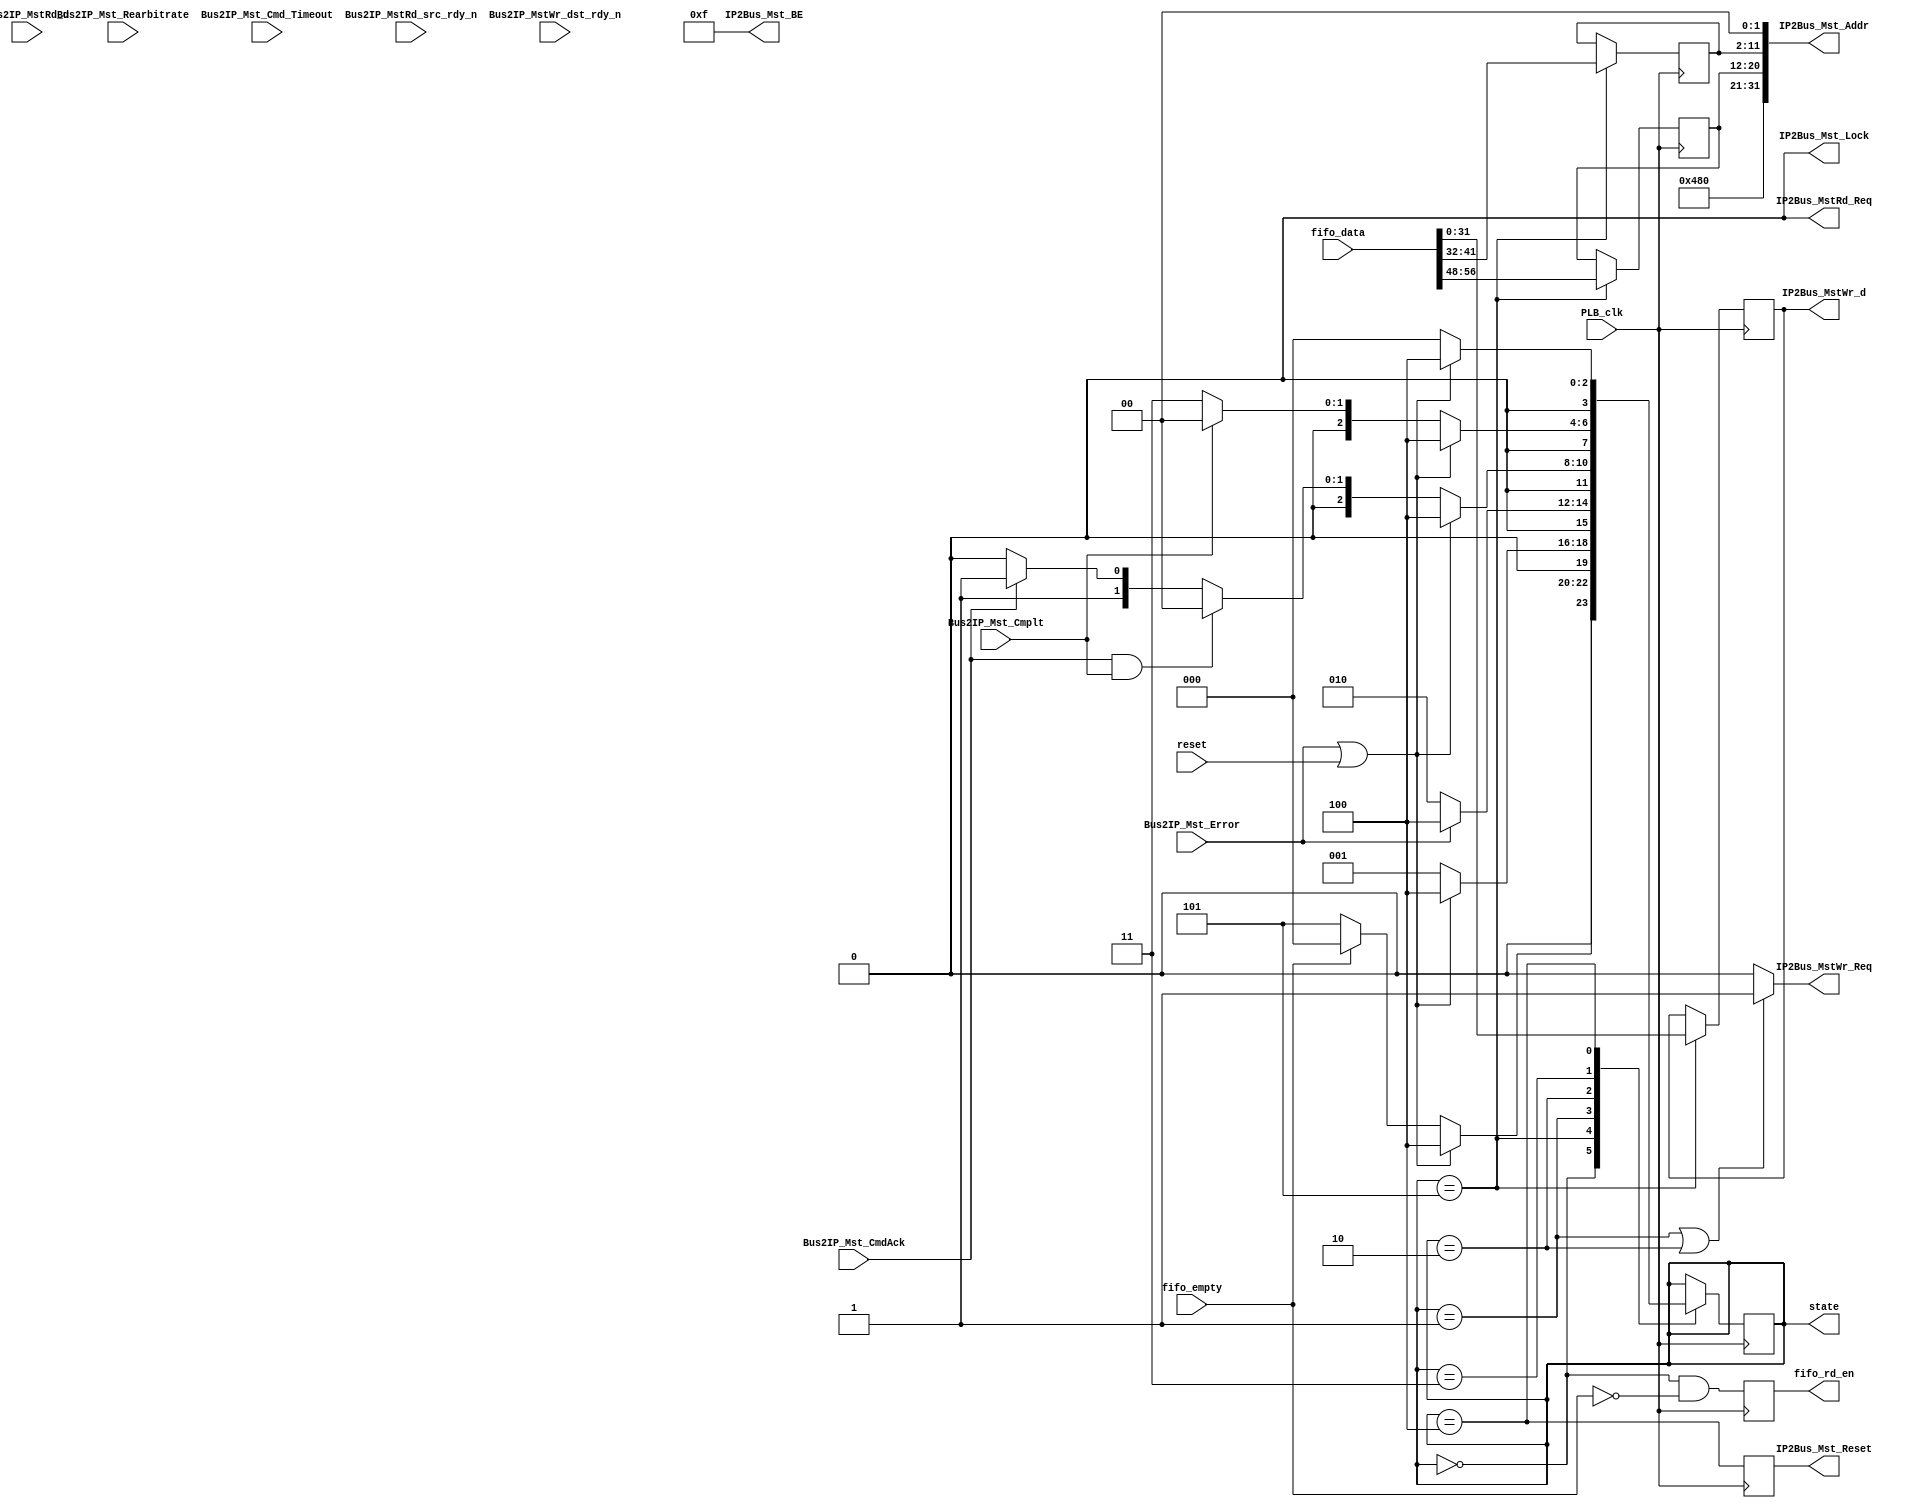
`timescale 1ns / 1ps
//////////////////////////////////////////////////////////////////////////////////
// Company: 
// Engineer: 
// 
// Design Name: 
// Module Name:    fbwriter 
// Project Name: 
// Target Devices: 
// Tool versions: 
// Description: 
//
// Dependencies: 
//
// Revision: 
// Revision 0.01 - File Created
// Additional Comments: 
//
//////////////////////////////////////////////////////////////////////////////////
module fbwriter(
    // For Development
    state,
    
    reset,

    fifo_data,
    fifo_empty,
    fifo_rd_en,
    
    PLB_clk,
    IP2Bus_MstRd_Req,
    IP2Bus_MstWr_Req,
    IP2Bus_Mst_Addr,
    IP2Bus_Mst_BE,
    IP2Bus_Mst_Lock,
    IP2Bus_Mst_Reset,
    Bus2IP_Mst_CmdAck,
    Bus2IP_Mst_Cmplt,
    Bus2IP_Mst_Error,
    Bus2IP_Mst_Rearbitrate,
    Bus2IP_Mst_Cmd_Timeout,
    Bus2IP_MstRd_d,
    Bus2IP_MstRd_src_rdy_n,
    IP2Bus_MstWr_d,
    Bus2IP_MstWr_dst_rdy_n
    );


parameter TMP_LEN                        = 7;
parameter RAST_FBW_FIFO_LEN              = 64;
parameter LINE_LEN                       = 9;
parameter COL_LEN                        = 10;

// PLB Parameters
parameter C_MST_AWIDTH                   = 32;
parameter C_MST_DWIDTH                   = 32;


// FIFO interface
input      [0 : RAST_FBW_FIFO_LEN-1]      fifo_data;
input                                     fifo_empty;
output  reg                               fifo_rd_en;

input                                     reset;

// PLB interface
input                                     PLB_clk;
output                                    IP2Bus_MstRd_Req;
output                                    IP2Bus_MstWr_Req;
output     [0 : C_MST_AWIDTH-1]           IP2Bus_Mst_Addr;
output     [0 : C_MST_DWIDTH/8-1]         IP2Bus_Mst_BE;
output                                    IP2Bus_Mst_Lock;
output  reg                                  IP2Bus_Mst_Reset;
input                                     Bus2IP_Mst_CmdAck;
input                                     Bus2IP_Mst_Cmplt;
input                                     Bus2IP_Mst_Error;
input                                     Bus2IP_Mst_Rearbitrate;
input                                     Bus2IP_Mst_Cmd_Timeout;
input      [0 : C_MST_DWIDTH-1]           Bus2IP_MstRd_d;
input                                     Bus2IP_MstRd_src_rdy_n;
output     [0 : C_MST_DWIDTH-1]           IP2Bus_MstWr_d;
input                                     Bus2IP_MstWr_dst_rdy_n;




output  reg      [0 : 3]                        state = 0;

  // reader registers
  reg                                     go_write;
  
  // writer registers
  reg      [0 : LINE_LEN-1]               line  = 'b0;
  reg      [0 : COL_LEN-1]                col   = 'b0;
  reg      [0 : 31]                       color = 'b0;
  reg                                     mst_wr_req;

  

  // assign IPIF input wires
  assign IP2Bus_MstRd_Req                    = 0;
  assign IP2Bus_MstWr_Req                    = mst_wr_req;
  assign IP2Bus_Mst_Addr[0 : 10]             = 11'b1001_0000_000;
  assign IP2Bus_Mst_Addr[11:19]              = line;
  assign IP2Bus_Mst_Addr[20:29]              = col;
  assign IP2Bus_Mst_Addr[30:31]              = 'b0;
  
  assign IP2Bus_Mst_BE[0 : C_MST_DWIDTH/8-1] = ~('b0);
  assign IP2Bus_Mst_Lock                     = 0;
  assign IP2Bus_MstWr_d[0 : C_MST_DWIDTH-1]  = color;
  
  // writer state machine
parameter OFF_STATE=0, FIFO_READ=5, PRESENT_STATE=1, WAIT_FOR_ACK=2, WAIT_FOR_CMPLT=3, ERROR_RECVD=4;

  always @ (posedge PLB_clk)
    begin
      case (state)
        OFF_STATE:
          if ( Bus2IP_Mst_Error || reset )
            state     <= ERROR_RECVD;
          else if ( fifo_empty == 0 )
            state     <= FIFO_READ;
          else
            state     <= OFF_STATE;
        
        FIFO_READ:
          if ( Bus2IP_Mst_Error || reset )
            state     <= ERROR_RECVD;
          else
            state     <= PRESENT_STATE;       
        
        PRESENT_STATE: // data to ipif
          if ( Bus2IP_Mst_Error )
            state     <= ERROR_RECVD;
          else
            state     <= WAIT_FOR_ACK;
             
        WAIT_FOR_ACK:
          if ( Bus2IP_Mst_Error || reset )
            state     <= ERROR_RECVD;
          else if ( Bus2IP_Mst_CmdAck && Bus2IP_Mst_Cmplt )
            state     <= OFF_STATE;
          else if ( Bus2IP_Mst_CmdAck )
            state     <= WAIT_FOR_CMPLT;
          else
            state     <= WAIT_FOR_ACK;
            
        WAIT_FOR_CMPLT:
          if ( Bus2IP_Mst_Error || reset )
            state     <= ERROR_RECVD;
          else if ( Bus2IP_Mst_Cmplt )
            state     <= OFF_STATE;
          else
            state     <= WAIT_FOR_CMPLT;
        
        ERROR_RECVD:
          if ( Bus2IP_Mst_Error || reset )
            state     <= ERROR_RECVD;
          else
            state     <= OFF_STATE;
            
      endcase
    end
  
  // request signal
  always @ *
    if ( state == PRESENT_STATE  || state == WAIT_FOR_ACK )
      mst_wr_req = 1;
    else
      mst_wr_req = 0;  
  
  // dequeue from fifo on trasition from IDLE to WRITE
  always @ (posedge PLB_clk)
	fifo_rd_en <= ( state == OFF_STATE && !fifo_empty );

  // reset on error
  always @ (posedge PLB_clk)
    IP2Bus_Mst_Reset <= ( state == ERROR_RECVD );
  
  // assign line and col and color regs
  always @ (posedge PLB_clk)
    begin
      if ( (state == FIFO_READ) )
	    begin
          // fifo_data is valid
          line  <= fifo_data[15-LINE_LEN+1:15];
          col   <= fifo_data[31-COL_LEN+1:31];
          color <= fifo_data[32:63];
		end
    end
 
endmodule